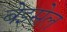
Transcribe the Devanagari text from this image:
बेइसेल